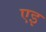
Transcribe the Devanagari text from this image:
एइ